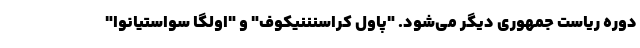
دوره ریاست جمهوری دیگر می‌شود. "پاول کراسنننیکوف" و "اولگا سواستیانوا"